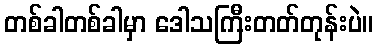
တစ်ခါတစ်ခါမှာ ဒေါသကြီးတတ်တုန်းပဲ။